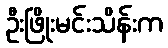
ဦးဖြိုးမင်းသိန်းက